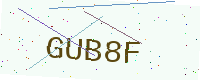
Text: GUB8F